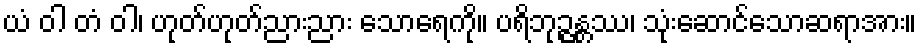
ယံ ဝါ တံ ဝါ၊ ဟုတ်ဟုတ်ညားညား သောရေကို။ ပရိဘုဉ္ဇန္တဿ၊ သုံးဆောင်သောဆရာအား။